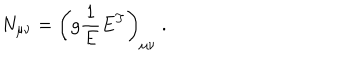
LaTeX: N _ { \mu \nu } = \left( g \frac { 1 } { E } E ^ { T } \right) _ { \mu \nu } ~ .